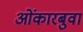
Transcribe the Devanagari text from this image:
ओंकारबुवा